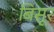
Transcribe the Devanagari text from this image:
बिसूर